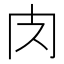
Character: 𮌇